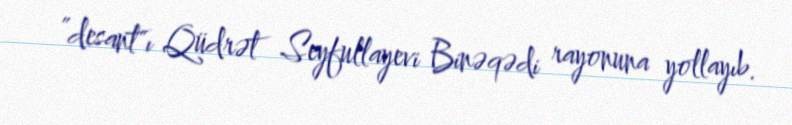
”desant"ı Qüdrət Seyfullayevi Binəqədi rayonuna yollayıb.